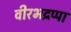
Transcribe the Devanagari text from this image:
वीरभद्रप्पा